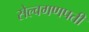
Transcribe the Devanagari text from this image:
सेल्वगणपती